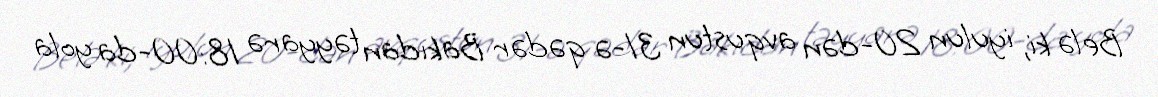
Belə ki, iyulun 20-dən avqustun 31-ə qədər Bakıdan təyyarə 18:00-da yola